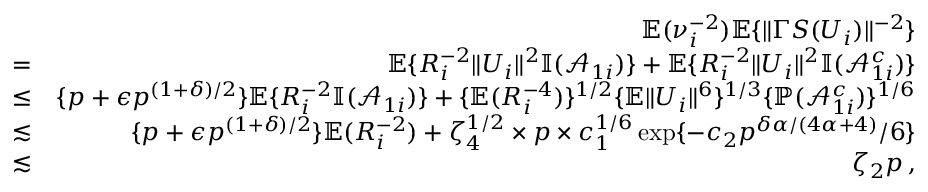
\begin{array} { r l r } & { } & { { \mathbb { E } } ( \nu _ { i } ^ { - 2 } ) { \mathbb { E } } \{ \| \Gamma S ( U _ { i } ) \| ^ { - 2 } \} } \\ & { = } & { { \mathbb { E } } \{ R _ { i } ^ { - 2 } \| U _ { i } \| ^ { 2 } { \mathbb { I } } ( \mathcal { A } _ { 1 i } ) \} + { \mathbb { E } } \{ R _ { i } ^ { - 2 } \| U _ { i } \| ^ { 2 } { \mathbb { I } } ( \mathcal { A } _ { 1 i } ^ { c } ) \} } \\ & { \leq } & { \{ p + \epsilon p ^ { ( 1 + \delta ) / 2 } \} { \mathbb { E } } \{ R _ { i } ^ { - 2 } { \mathbb { I } } ( \mathcal { A } _ { 1 i } ) \} + \{ { \mathbb { E } } ( R _ { i } ^ { - 4 } ) \} ^ { 1 / 2 } \{ { \mathbb { E } } \| U _ { i } \| ^ { 6 } \} ^ { 1 / 3 } \{ { \mathbb { P } } ( \mathcal { A } _ { 1 i } ^ { c } ) \} ^ { 1 / 6 } } \\ & { \lesssim } & { \{ p + \epsilon p ^ { ( 1 + \delta ) / 2 } \} { \mathbb { E } } ( R _ { i } ^ { - 2 } ) + \zeta _ { 4 } ^ { 1 / 2 } \times p \times c _ { 1 } ^ { 1 / 6 } \exp \{ - c _ { 2 } p ^ { \delta \alpha / ( 4 \alpha + 4 ) } / 6 \} } \\ & { \lesssim } & { \zeta _ { 2 } p \, , } \end{array}